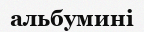
альбумині